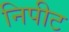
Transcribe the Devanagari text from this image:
निपीट